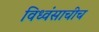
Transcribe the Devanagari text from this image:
विध्वंसाचीच